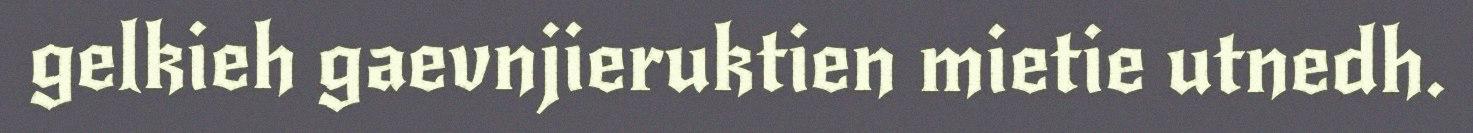
gelkieh gaevnjieruktien mietie utnedh.